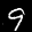
Label: 9